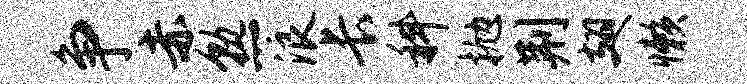
争赤熟浪长科抛荆翅懒